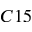
C 1 5